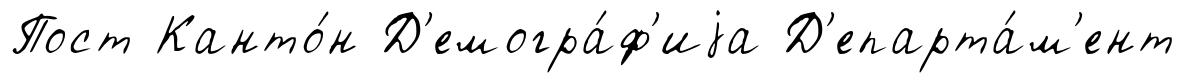
Пост Канто́н Д'емогра́ф'иjа Д'епарта́м'ент